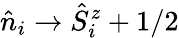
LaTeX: \hat{n}_{i}\rightarrow\hat{S}_{i}^{z}+1/2